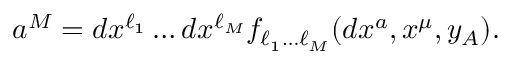
a ^ { M } = d x ^ { \ell _ { 1 } } \dots d x ^ { \ell _ { M } } f _ { \ell _ { 1 } \dots \ell _ { M } } ( d x ^ { a } , x ^ { \mu } , y _ { A } ) .